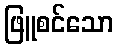
ဖြူစင်သော